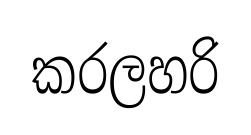
කරලහරි